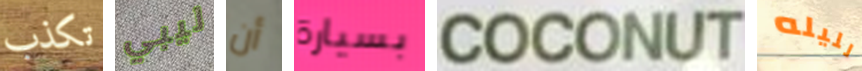
تكذب ليبي أن بسيارة COCONUT لليله